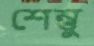
শেম্ভু